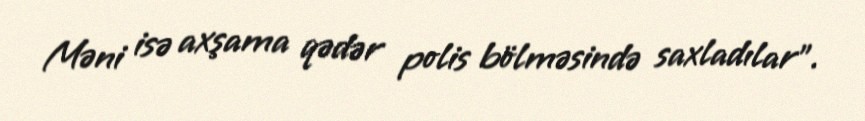
Məni isə axşama qədər polis bölməsində saxladılar”.